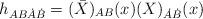
LaTeX: \begin{align*}h_{AB \dot{A} \dot{B}} = (\bar{X})_{AB} (x) (X)_{\dot{A} \dot{B}} (x)\end{align*}